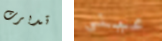
تدبرت عينى